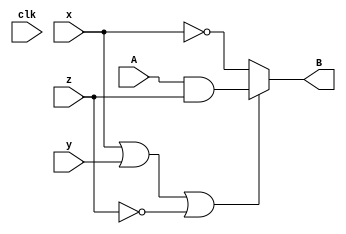
module top
(
 input x,
 input y,
 input z,
 input clk,

 input A,
 output B
 );


assign  B = (x || y || !z)?  (A & z) : ~x;

endmodule